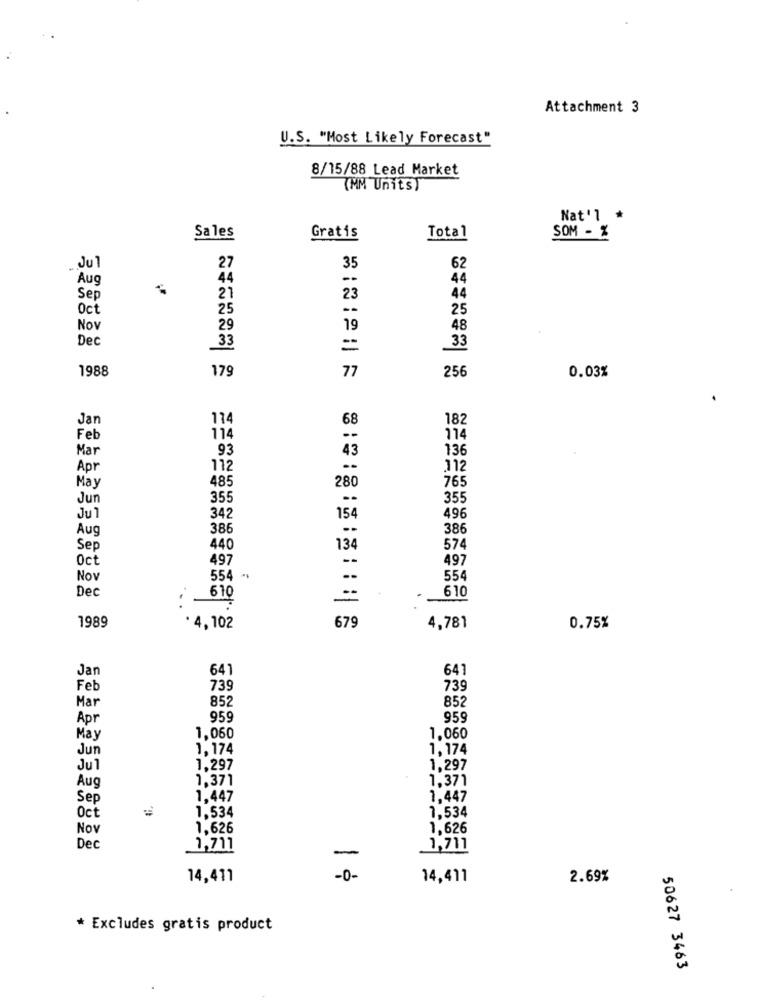
Attachment 3
U.S. "Most Likely Forecast"
8/15/88 Lead Market
(MM Units)
Nat'l *
Sales
Gratis
Total
SOM - %
Jul
27
35
62
Aug
44
44
Sep
21
23
44
Oct
25
--
25
Nov
29
19
48
Dec
33
=
33
1988
0.03%
179
77
256
Jan
114
68
182
Feb
114
--
114
Mar
93
136
43
Apr
112
.-
112
485
765
May
280
Jun
355
--
355
Jul
342
154
496
Aug
386
386
Sep
440
134
574
Oct
497
497
Nov
554
554
Dec
610
610
1989
679
· 4,102
4,781
0.75%
Jan
641
641
Feb
739
739
Mar
852
852
Apr
959
959
May
1,060
1,060
Jun
1,174
1,174
Jul
1,297
1,297
Aug
1,371
1,371
Sep
1.447
1,447
1.534
Oct
1,534
Nov
1.626
1,626
Dec
1,711
1,711
-
14,411
-0-
14,411
2.69%
* Excludes gratis product
50627 3463